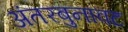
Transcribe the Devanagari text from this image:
अंतरबुनावट